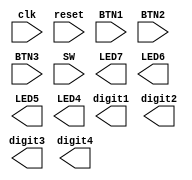


module telephone_conversation(clk,reset,BTN1,BTN2,BTN3,SW,
							  LED7,LED6,LED5,LED4,
							  digit1,digit2,digit3,digit4);

input clk,reset;
input BTN1,BTN2,BTN3;
input [1:0] SW;

output reg LED7,LED6,LED5,LED4;
output reg [6:0] digit1,digit2,digit3,digit4;

// timer connections
reg start_timer;
wire time_up;

// YOUR CODE STARTS HERE



// YOUR CODE ENDS HERE

// instantiate timer
timer my_timer(clk,reset,start_timer,time_up);

endmodule

module timer(clk,reset,start_timer,time_up);
// DO NOT MODIFY or DELETE THIS MODULE
// timer runs when start_timer is 1

input  clk,reset;
input  start_timer;
output reg time_up;

reg [31:0] counter;

always @(posedge clk or posedge reset) begin
	if(reset) begin
		counter <= 0;
		time_up <= 0;
	end
	else begin
		if(start_timer) begin
			if(counter < 32'd80)
				counter <= counter + 1;
			else 
				counter <= counter;
		end
		else begin
			counter <= 0;
		end
		
		time_up <= (counter == 32'd80);
	end
end

endmodule